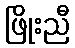
ဖြိုးညီ